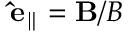
\mathbf { \hat { e } _ { \parallel } } = \mathbf { B } / B